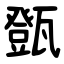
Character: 㽅